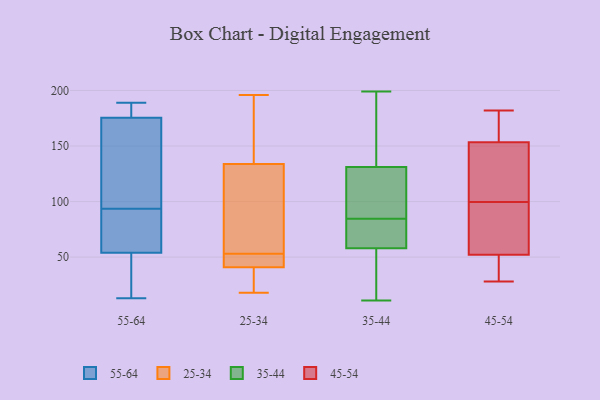
{"axis": {"x": "Shipments", "y": "Value"}, "legend": ["25-34", "35-44", "45-54", "55-64"], "data": [{"x": "", "y": 31, "type": "55-64"}, {"x": "", "y": 110, "type": "55-64"}, {"x": "", "y": 181, "type": "55-64"}, {"x": "", "y": 46, "type": "55-64"}, {"x": "", "y": 182, "type": "55-64"}, {"x": "", "y": 175, "type": "55-64"}, {"x": "", "y": 88, "type": "55-64"}, {"x": "", "y": 81, "type": "55-64"}, {"x": "", "y": 13, "type": "55-64"}, {"x": "", "y": 120, "type": "55-64"}, {"x": "", "y": 176, "type": "55-64"}, {"x": "", "y": 28, "type": "55-64"}, {"x": "", "y": 186, "type": "55-64"}, {"x": "", "y": 189, "type": "55-64"}, {"x": "", "y": 91, "type": "55-64"}, {"x": "", "y": 117, "type": "55-64"}, {"x": "", "y": 58, "type": "55-64"}, {"x": "", "y": 50, "type": "55-64"}, {"x": "", "y": 81, "type": "55-64"}, {"x": "", "y": 96, "type": "55-64"}, {"x": "", "y": 78, "type": "25-34"}, {"x": "", "y": 49, "type": "25-34"}, {"x": "", "y": 29, "type": "25-34"}, {"x": "", "y": 196, "type": "25-34"}, {"x": "", "y": 43, "type": "25-34"}, {"x": "", "y": 41, "type": "25-34"}, {"x": "", "y": 18, "type": "25-34"}, {"x": "", "y": 40, "type": "25-34"}, {"x": "", "y": 181, "type": "25-34"}, {"x": "", "y": 53, "type": "25-34"}, {"x": "", "y": 118, "type": "25-34"}, {"x": "", "y": 189, "type": "25-34"}, {"x": "", "y": 108, "type": "25-34"}, {"x": "", "y": 199, "type": "35-44"}, {"x": "", "y": 97, "type": "35-44"}, {"x": "", "y": 11, "type": "35-44"}, {"x": "", "y": 58, "type": "35-44"}, {"x": "", "y": 70, "type": "35-44"}, {"x": "", "y": 64, "type": "35-44"}, {"x": "", "y": 131, "type": "35-44"}, {"x": "", "y": 81, "type": "35-44"}, {"x": "", "y": 163, "type": "35-44"}, {"x": "", "y": 37, "type": "35-44"}, {"x": "", "y": 109, "type": "35-44"}, {"x": "", "y": 88, "type": "35-44"}, {"x": "", "y": 55, "type": "35-44"}, {"x": "", "y": 195, "type": "35-44"}, {"x": "", "y": 182, "type": "45-54"}, {"x": "", "y": 75, "type": "45-54"}, {"x": "", "y": 34, "type": "45-54"}, {"x": "", "y": 45, "type": "45-54"}, {"x": "", "y": 139, "type": "45-54"}, {"x": "", "y": 172, "type": "45-54"}, {"x": "", "y": 118, "type": "45-54"}, {"x": "", "y": 148, "type": "45-54"}, {"x": "", "y": 47, "type": "45-54"}, {"x": "", "y": 128, "type": "45-54"}, {"x": "", "y": 81, "type": "45-54"}, {"x": "", "y": 28, "type": "45-54"}, {"x": "", "y": 57, "type": "45-54"}, {"x": "", "y": 159, "type": "45-54"}, {"x": "", "y": 177, "type": "45-54"}, {"x": "", "y": 78, "type": "45-54"}]}